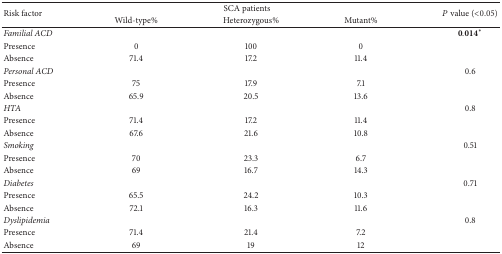
| <ROWSPAN=2> Risk factor | <COLSPAN=3> SCA patients | <ROWSPAN=2> P value (<0.05) |
 | Wild-type% | Heterozygous% | Mutant% |
 | --- | --- | --- | --- | --- |
 | Familial ACD |  |  |  | 0.014∗ |
 | Presence | 0 | 100 | 0 |  |
 | Absence | 71.4 | 17.2 | 11.4 |  |
 | Personal ACD |  |  |  | 0.6 |
 | Presence | 75 | 17.9 | 7.1 |  |
 | Absence | 65.9 | 20.5 | 13.6 |  |
 | HTA |  |  |  | 0.8 |
 | Presence | 71.4 | 17.2 | 11.4 |  |
 | Absence | 67.6 | 21.6 | 10.8 |  |
 | Smoking |  |  |  | 0.51 |
 | Presence | 70 | 23.3 | 6.7 |  |
 | Absence | 69 | 16.7 | 14.3 |  |
 | Diabetes |  |  |  | 0.71 |
 | Presence | 65.5 | 24.2 | 10.3 |  |
 | Absence | 72.1 | 16.3 | 11.6 |  |
 | Dyslipidemia |  |  |  | 0.8 |
 | Presence | 71.4 | 21.4 | 7.2 |  |
 | Absence | 69 | 19 | 12 |  |